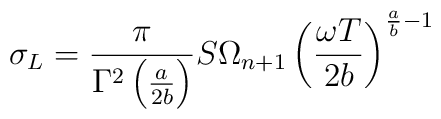
\sigma_{L} = \frac{\pi}{\Gamma^2 \left( \frac{a}{2 b} \right)} S \Omega_{n+1} \left( \frac{\omega T}{2 b} \right)^{\frac{a}{b} - 1}